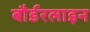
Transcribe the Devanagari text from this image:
बौर्डरलाइन